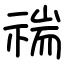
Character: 𥚻